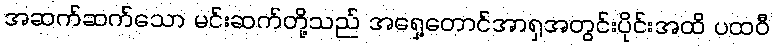
အဆက်ဆက်သော မင်းဆက်တို့သည် အရှေ့တောင်အာရှအတွင်းပိုင်းအထိ ပထဝီ